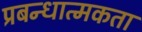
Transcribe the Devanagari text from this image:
प्रबन्धात्मकता